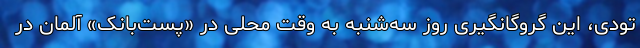
تودی، این گروگانگیری روز سه‌شنبه به وقت محلی در «پست‌بانک» آلمان در